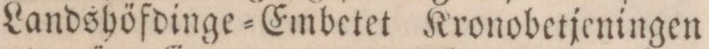
Landshöfdinge=Embetet Kronobetjeningen